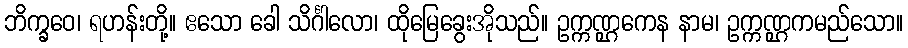
ဘိက္ခဝေ၊ ရဟန်းတို့။ ဧသော ခေါ သိင်္ဂါလော၊ ထိုမြေခွေးအိုသည်။ ဥက္ကဏ္ဌကေန နာမ၊ ဥက္ကဏ္ဌကမည်သော။